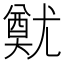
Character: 𡰙